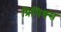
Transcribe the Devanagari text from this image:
प्रिमिक्स